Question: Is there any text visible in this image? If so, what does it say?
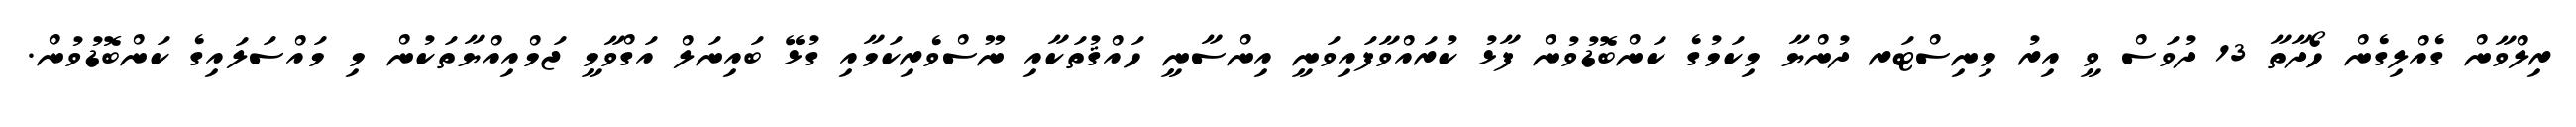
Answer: ރިލްވާން ގެއްލިގެން ހޯދާތާ 13 ދުވަސް ވީ އިރު މިނިސްޓަރ ދުންޔާ މިކަމުގެ ކަންބޮޑުވުން ފާޅު ކުރައްވާފައިވަނީ އިންސާނީ ހައްޤުތަކާއި ނޫސްވެރިކަމާއި ގުޅޭ ބައިނަލް އަގްވާމީ ޖަމްއިއްޔާތަކުން މި މައްސަލައިގެ ކަންބޮޑުވުން.